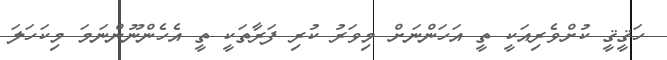
ހަޤީޤީ ކުށްވެރިއަކީ ތީ އަހަންނަށް މިވަރު ކުރި ފަރާތަކީ ތީ އެހެންނޫންނަމަ މިކަހަލަ